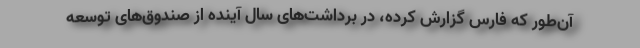
آن‌طور كه فارس گزارش كرده، در برداشت‌های سال آینده از صندوق‌های توسعه